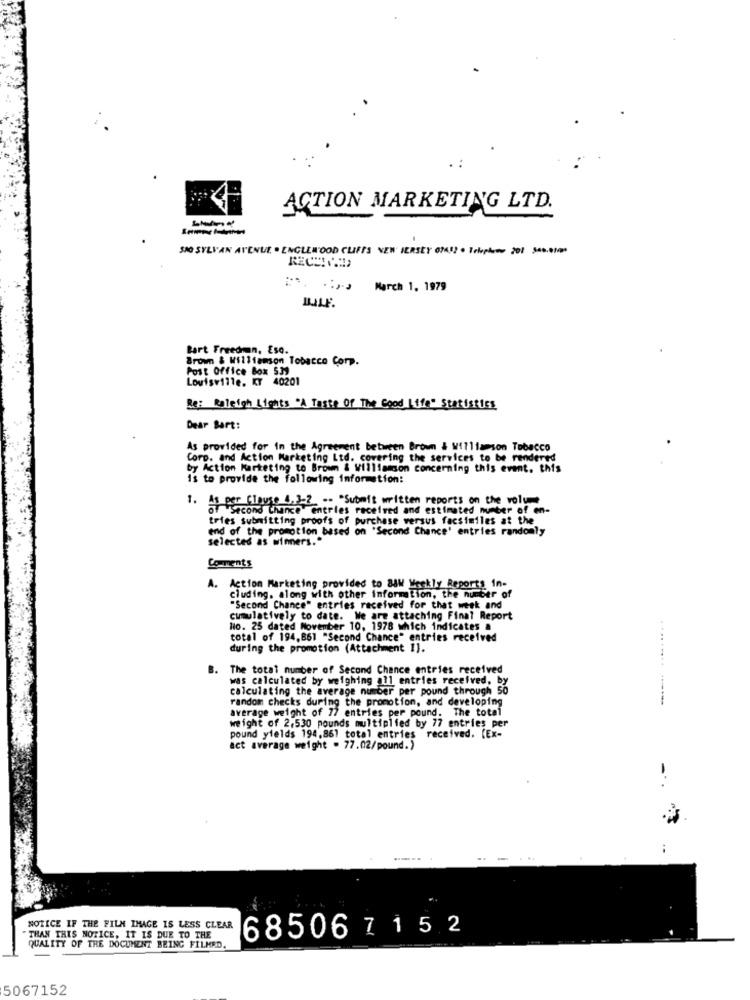
ACTION MARKETING LTD.
SAO SYLVAN AVENUE . ENGLEWOOD CLIFFS NEW JERSEY 0741) . Tokplomo 201 500.000
***. .. March 1, 1979
Bart Freedman, Eso.
Brown & Williamson Tobacco Corp.
Post Office Box 539
Louisville, KY 40201
Re: Raleigh Lights "A Taste Of The Good Life" Statistics
Dear Bart:
As provided for In the Agreement between Brown & Williamson Tobacco
Corp. and Action Marketing Ltd. covering the services to be rendered
by Action Marketing to Brown & Williamson concerning this event. this
is to provide the following information:
1.
- Clause 4.3-2 .. "Submit written reports on the volume
OF Second Chance Entries received and estimated number of en-
tries submitting proofs of purchase versus facsimiles at the
end of the promotion based on "Second Chance' entries randomly
selected as winners ..
Comments
A. Action Marketing provided to 88W Weekly Reports in-
cluding, along with other information, the number of
"Second Chance" entries received for that week and
cumulatively to date. We are attaching Final Report
Ho. 25 dated November 10, 1978 which indicates a
total of 194,861 "Second Chance" entries received
during the promotion (Attachment 1].
B. The total number of Second Chance entries received
was calculated by weighing all entries received, by
calculating the average number per pound through 50
random checks during the promotion, and developing
average weight of 77 entries per pound. The total
weight of 2,530 pounds multiplied by 77 entries per
pound yields 194,861 total entries received. (Ex-
act average weight . 77.02/pound.)
...
NOTICE IF THE FILM IMAGE IS LESS CLEAR
68506 7 1 5 2
THAN THIS NOTICE, IT IS DUE TO THE
QUALITY OF THE DOCUMENT BEING FILMED.
5067152